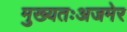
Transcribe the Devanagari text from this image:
मुख्यतःअजमेर